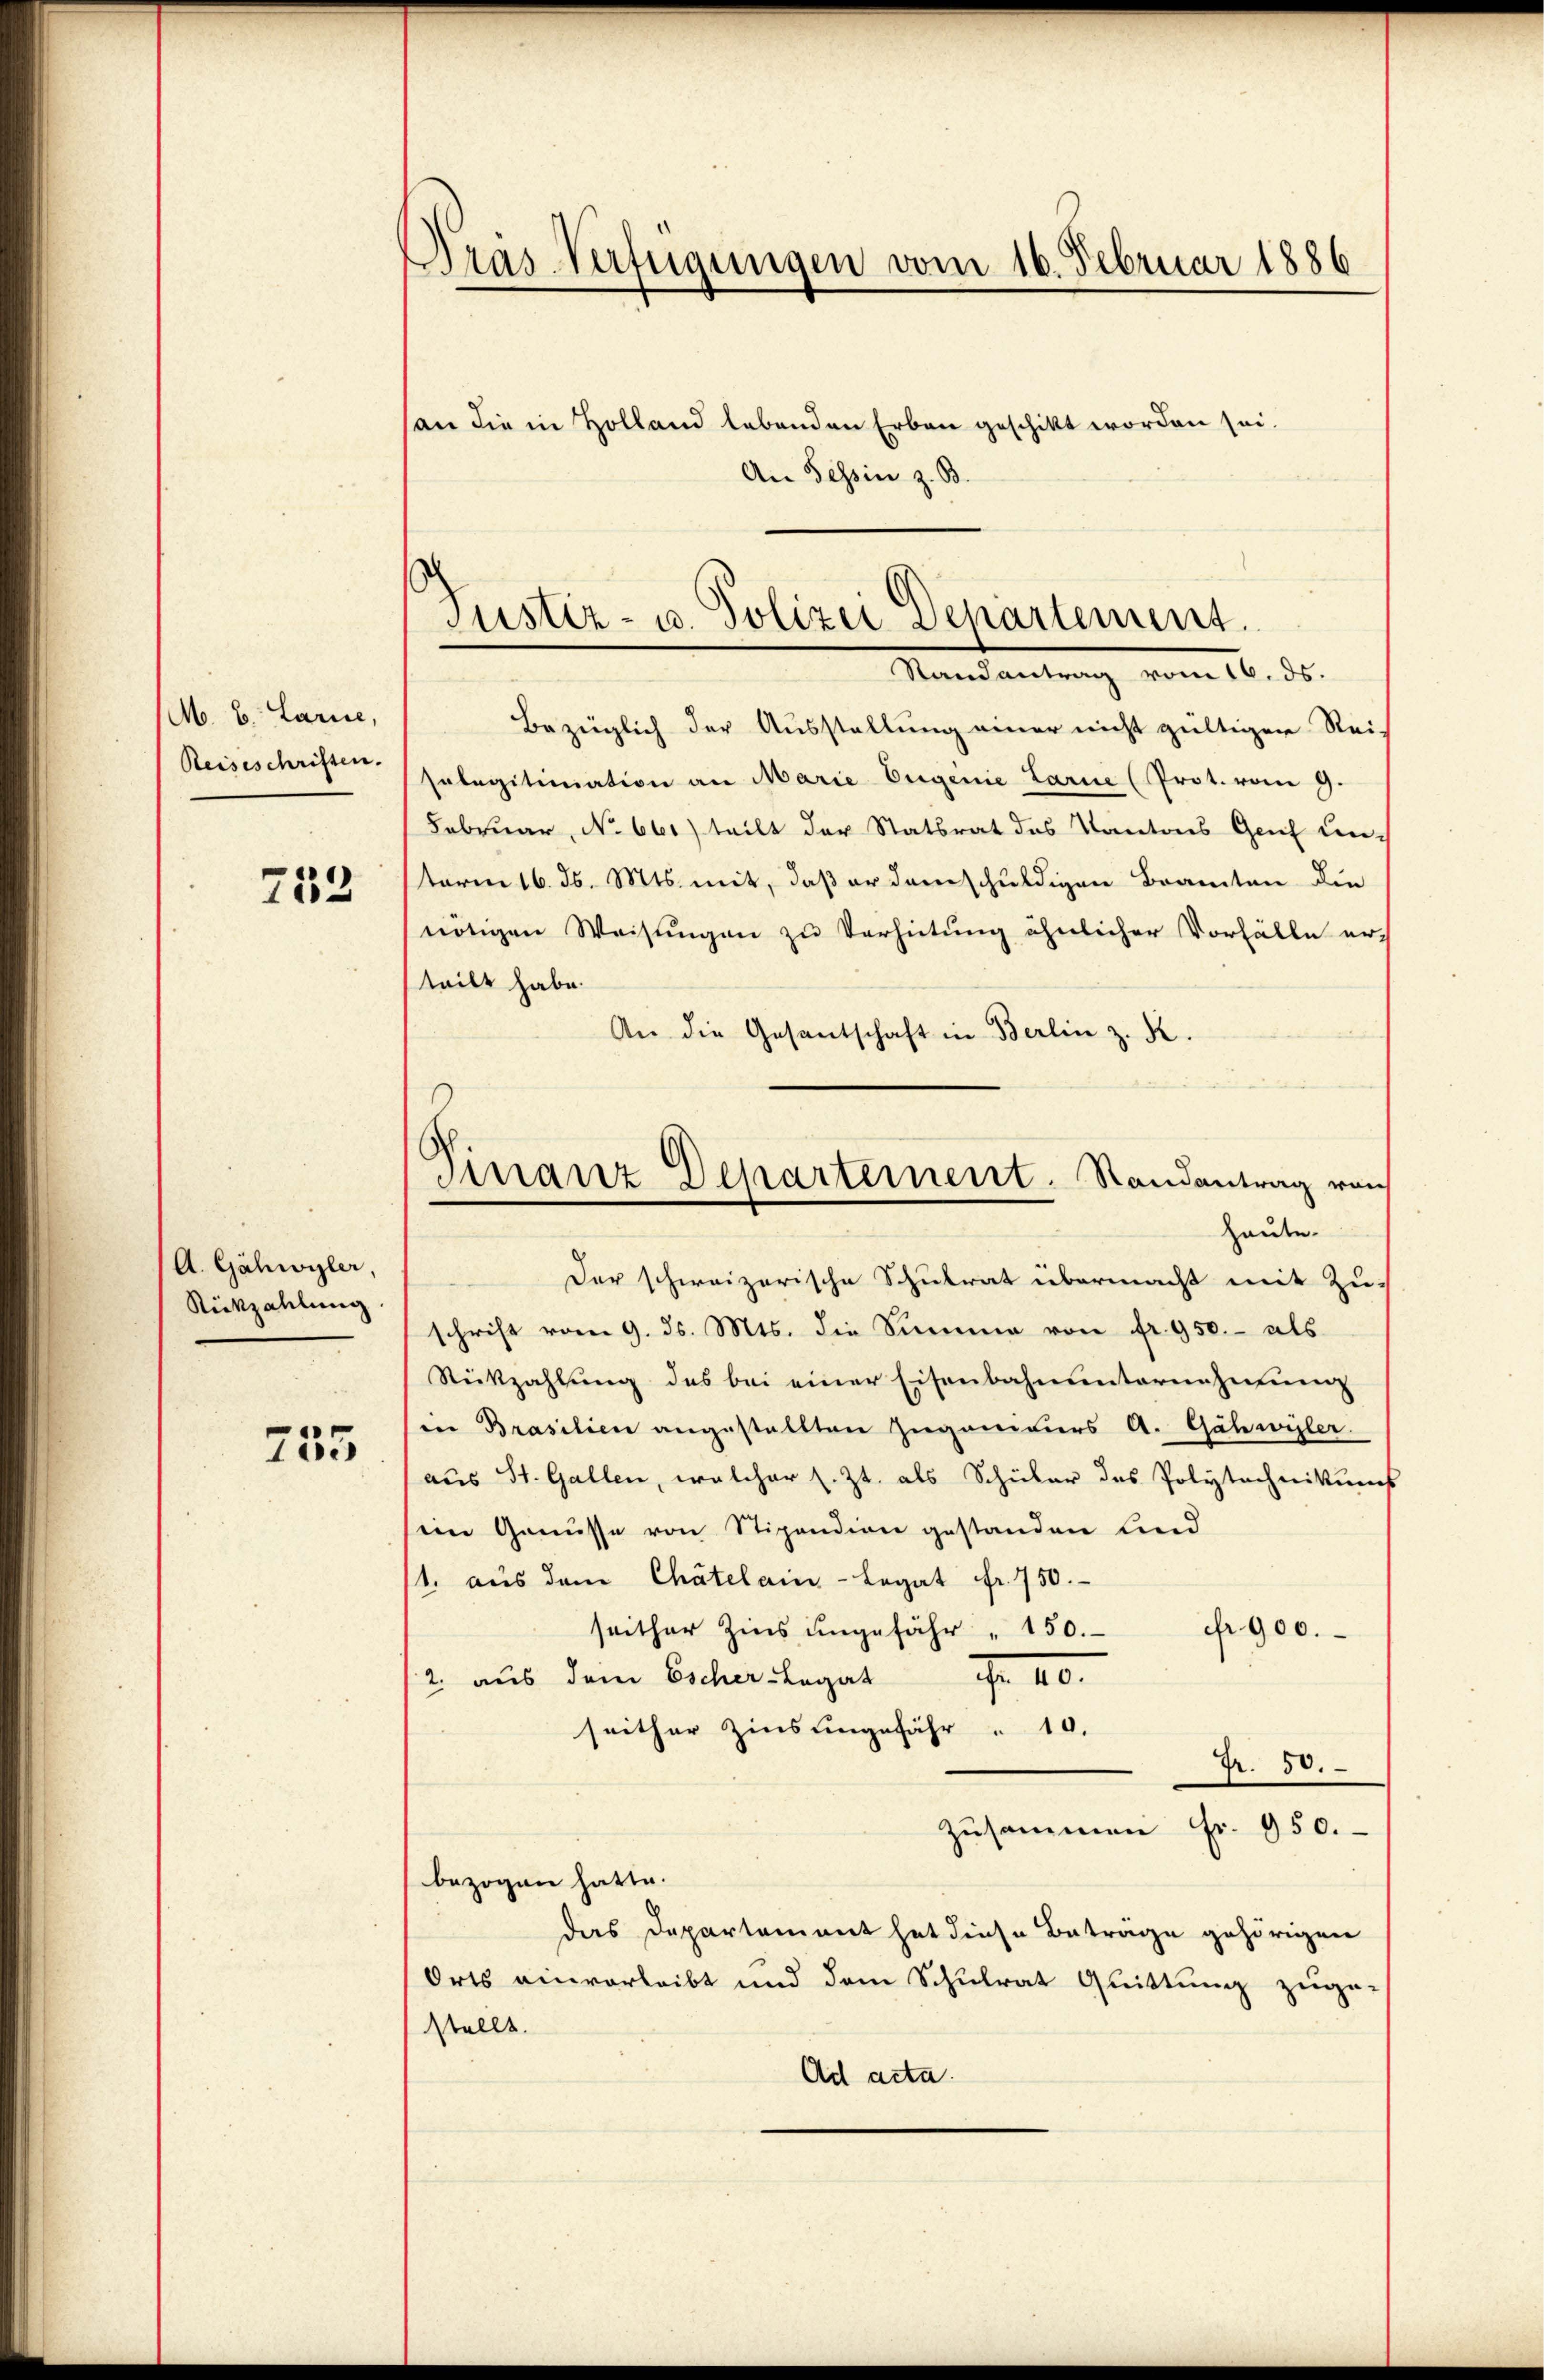
M. B. Larice,
Reiseschriften.

713

A. Gähwyler,
Rückzahlung

755

Pras-Verfügungen vom 16. Februar 1886

san die in Holland lebenden Erbau geschikt worden sei.
An Tessin z. B.

Bezüglich der Ausstellung einer nicht gültigen Rei-
solegitimation an Marie Eigenie Larie (Prot. vom 9.
Februar, No 661) teilt der Statsrat des Kantons Genf unterm 16. ds. Mts. mit, daß er dem schuldigen Bramten die
nötigen Weisŭngen zu Verhütung ähnlicher Vorfälle erteilt habe.
An die Gesantschaft in Berlin z. R.
haute.
Der schweizerische Schulrat übermacht mit Zu-
schrift vom 9. ds. Mts. die Summe von fr. 950.- als
Rückzahlung des bei einer Eisenbahnunternehmung
en Brasilien angestellten Zuganeurs A. Gähwyler
aus St. Gallen, welcher s. Zt. als Schüler des Polytechnikums
ein Genüsse von Stipendion gestanden Lind
1. aus dem Chatelain - Legat Fr. 750.
seither Zins ungefähr " 150.
fr. 900.
12 aus dem Escher Legat Fr. III.
seither Zins ungefähr " 10.
Fr. 50.
Zusammen Fr. 950.
bezogen hatte.
das Departement hat diese Beträge gehörigen
Orts einverleibt und dem Schulrat Quittung zuge-
stellt.
Ad acta.

Justiz- u. Polizei Departement.
Randantrag vom 16. ds.

Finanz-Departement. Randantrag von